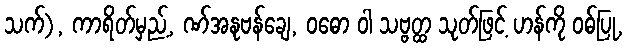
သက်), ကာရိတ်မှည့်, ဏ်အနုဗန်ချေ, ဝဓော ဝါ သဗ္ဗတ္ထ သုတ်ဖြင့် ဟန်ကို ဝဓ်ပြု,